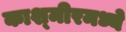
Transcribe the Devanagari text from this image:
काश्‍मीरमध्ये